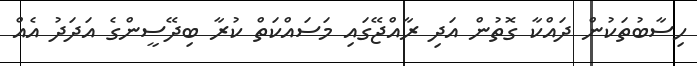
ހިސާބުތަކުން ދައްކާ ގޮތުން އަދި ރާއްޖޭގައި މަސައްކަތް ކުރާ ބިދޭސީންގެ އަދަދު އެއް